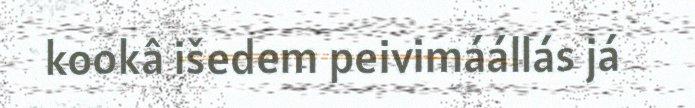
kookâ išedem peivimáállás já